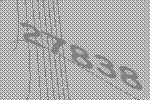
27838